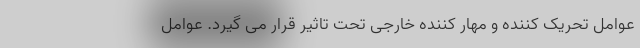
عوامل تحریک کننده و مهار کننده خارجی تحت تاثیر قرار می گیرد. عوامل